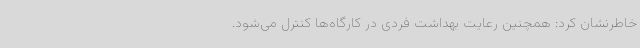
خاطرنشان کرد: همچنین رعایت بهداشت فردی در کارگاه‌ها کنترل می‌شود.